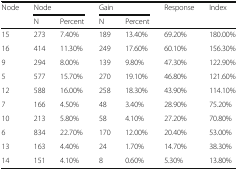
| <ROWSPAN=2> Node | <COLSPAN=2> Node | <COLSPAN=2> Gain | <ROWSPAN=2> Response | <ROWSPAN=2> Index |
 | N | Percent | N | Percent |
 | --- | --- | --- | --- | --- | --- | --- |
 | 15 | 273 | 7.40% | 189 | 13.40% | 69.20% | 180.00% |
 | 16 | 414 | 11.30% | 249 | 17.60% | 60.10% | 156.30% |
 | 9 | 294 | 8.00% | 139 | 9.80% | 47.30% | 122.90% |
 | 5 | 577 | 15.70% | 270 | 19.10% | 46.80% | 121.60% |
 | 12 | 588 | 16.00% | 258 | 18.30% | 43.90% | 114.10% |
 | 7 | 166 | 4.50% | 48 | 3.40% | 28.90% | 75.20% |
 | 10 | 213 | 5.80% | 58 | 4.10% | 27.20% | 70.80% |
 | 6 | 834 | 22.70% | 170 | 12.00% | 20.40% | 53.00% |
 | 13 | 163 | 4.40% | 24 | 1.70% | 14.70% | 38.30% |
 | 14 | 151 | 4.10% | 8 | 0.60% | 5.30% | 13.80% |